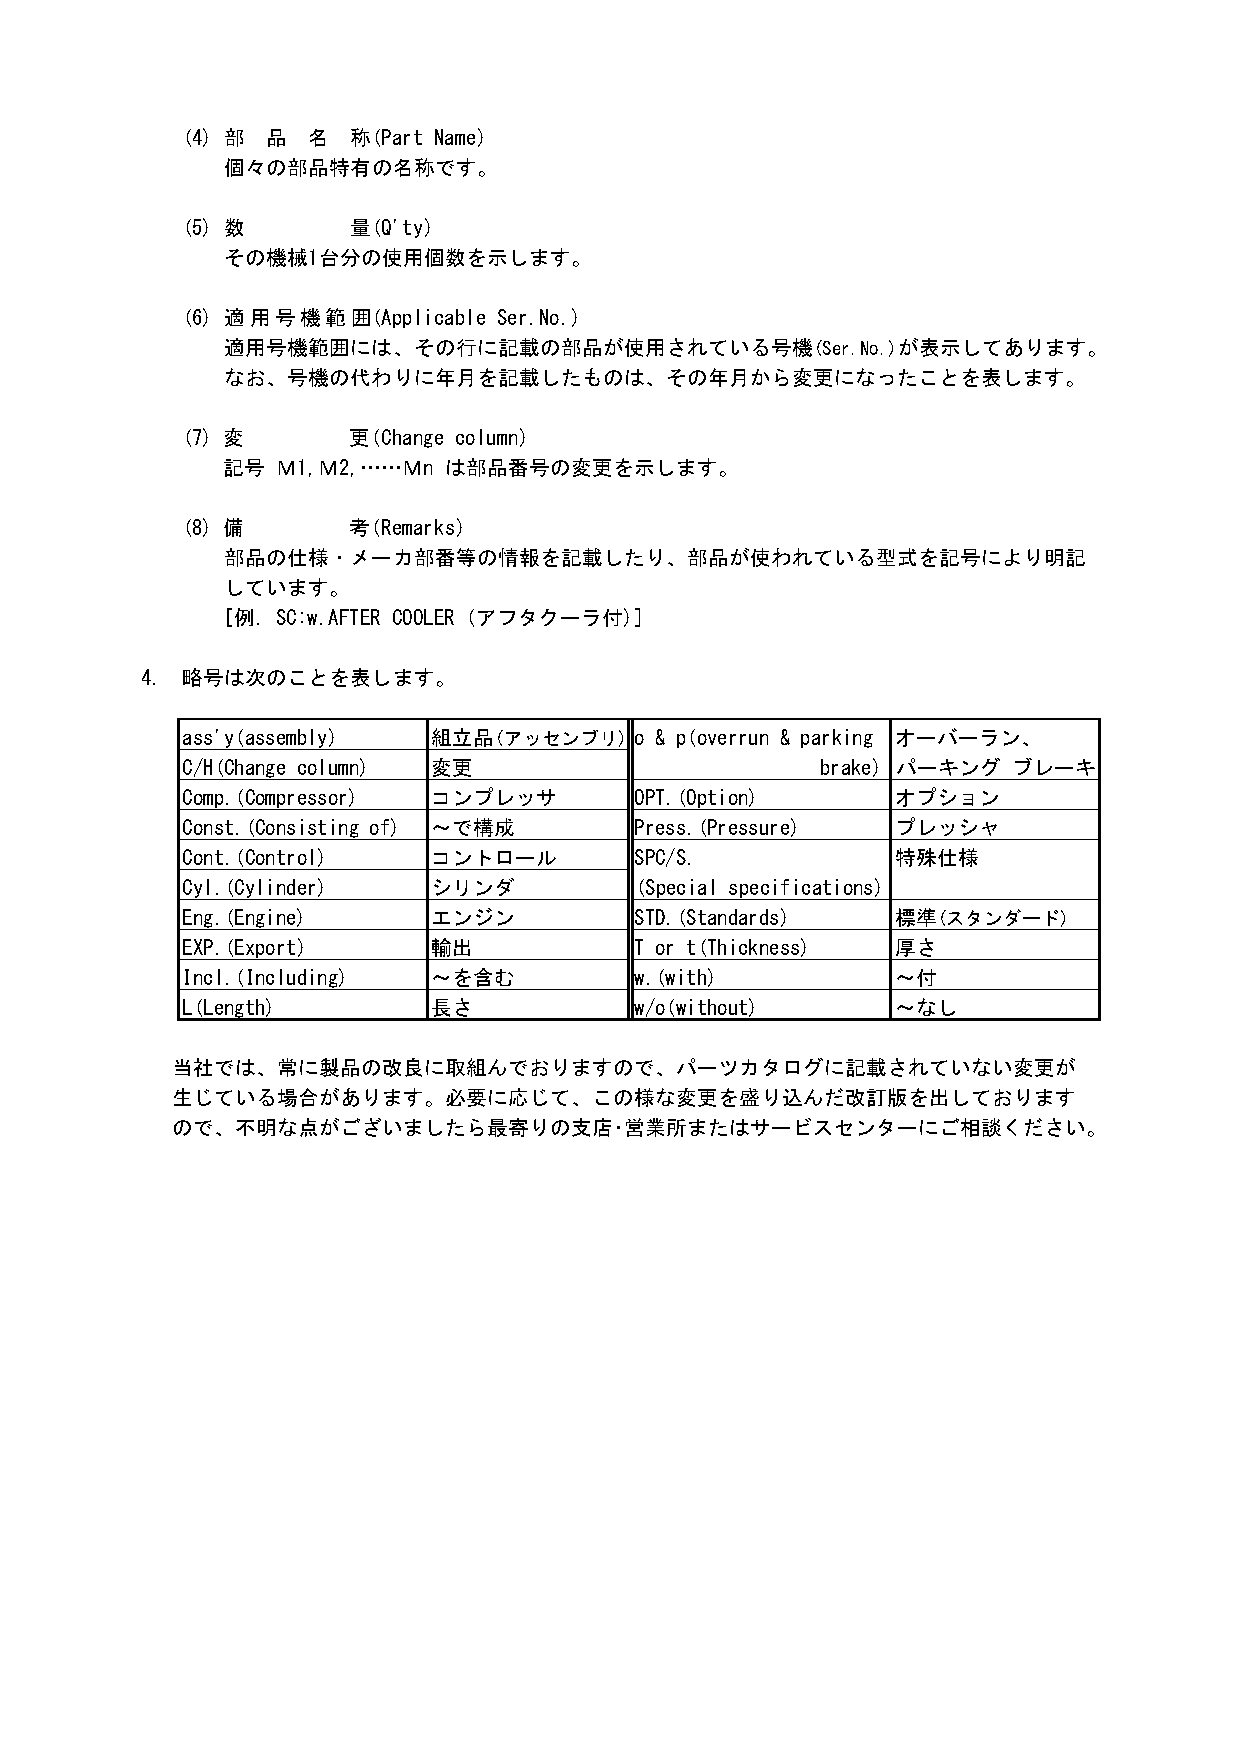
(4) 部 品 名  称(Part Name)
 個々の部品特有の名称です。
 (5) 数      量(Q'ty)
 その機械1台分の使用個数を示します。
 (6) 適用号機範囲(Applicable Ser.No.)
 適用号機範囲には、その行に記載の部品が使用されている号機(Ser.No.)が表示してあります。
 なお、号機の代わりに年月を記載したものは、その年月から変更になったことを表します。
 (7) 変      更(Change column)
 記号 Ｍ1,Ｍ2,……Ｍn は部品番号の変更を示します。
 (8) 備      考(Remarks)
 部品の仕様・メーカ部番等の情報を記載したり、部品が使われている型式を記号により明記
 しています。
 [例．SC:w.AFTER COOLER (アフタクーラ付)]
 4. 略号は次のことを表します。
 ass'y(assembly)  組立品(アッセンブリ)  o & p(overrun & parking オーバーラン、
 C/H(Change column) 変更                     brake) パーキング ブレーキ
 Comp.(Compressor) コンプレッサ      OPT.(Option)     オプション
 Const.(Consisting of) ～で構成    Press.(Pressure) プレッシャ
 Cont.(Control)   コントロール       SPC/S.           特殊仕様
 Cyl.(Cylinder)   シリンダ         (Special specifications)
 Eng.(Engine)     エンジン         STD.(Standards)  標準(スタンダード)
 EXP.(Export)     輸出           T or t(Thickness) 厚 さ
 Incl.(Including) ～を含む         w.(with)         ～付
 L(Length)        長さ           w/o(without)     ～なし
 当社では、常に製品の改良に取組んでおりますので、パーツカタログに記載されていない変更が
 生じている場合があります。必要に応じて、この様な変更を盛り込んだ改訂版を出しております
 ので、不明な点がございましたら最寄りの支店･営業所またはサービスセンターにご相談ください。